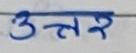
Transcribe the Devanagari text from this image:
उत्तर